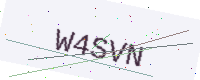
Text: W4SVN